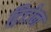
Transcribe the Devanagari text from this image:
ट्रिटोन